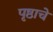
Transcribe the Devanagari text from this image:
पृष्ठाचे